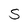
Character: S